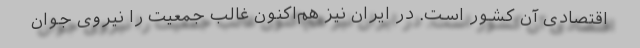
اقتصادی آن کشور است. در ایران نیز هم‌اکنون غالب جمعیت را نیروی جوان